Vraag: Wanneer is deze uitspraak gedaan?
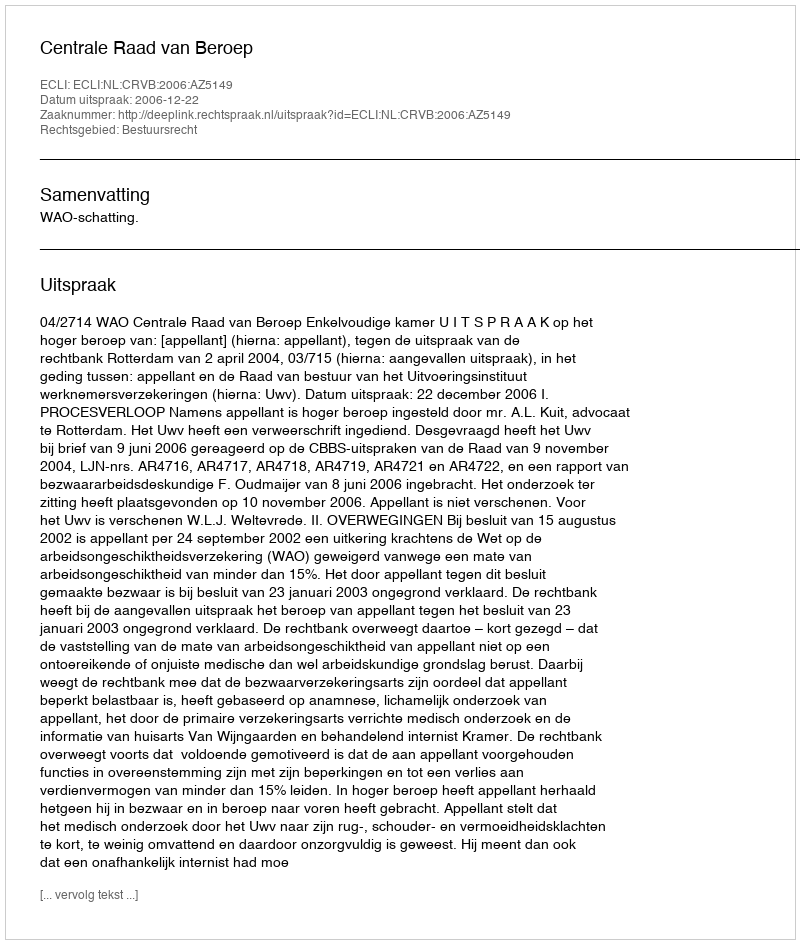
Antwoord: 2006-12-22